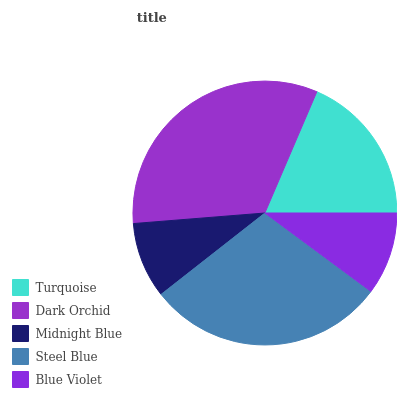
| Turquoise | Dark Orchid | Midnight Blue | Steel Blue | Blue Violet |
 | --- | --- | --- | --- | --- |
 | 18.6% | 32.7% | 9.3% | 29.2% | 10.1% |